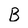
Character: B